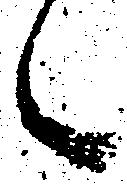
々